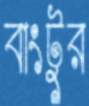
বাংটুর